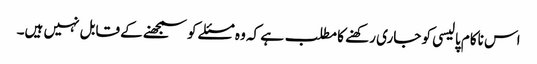
اس ناکام پالیسی کو جاری رکھنے کا مطلب ہے کہ وہ مسئلے کو سمجھنے کے قابل نہیں ہیں۔